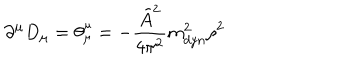
\partial ^ { \mu } D _ { \mu } = \theta _ { \mu } ^ { \mu } = - \frac { \tilde { A } ^ { 2 } } { 4 \pi ^ { 2 } } m _ { d y n } ^ { 2 } \rho ^ { 2 }